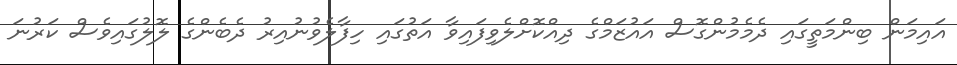
އައިމަން ބިންމަތީގައި ދެމެމުންގޮސް އައުޒަމްގެ ދިއްކޮށްލެވިފައިވާ އަތުގައި ހިފާލެވުނުއިރު ދެބެންގެ ލޮލުގައިވެސް ކަރުނަ